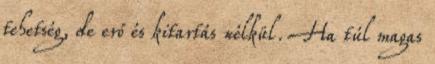
tehetség, de erő és kitartás nélkül. Ha túl magas